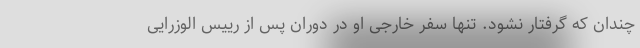
چندان که گرفتار نشود. تنها سفر خارجی او در دوران پس از رییس الوزرایی